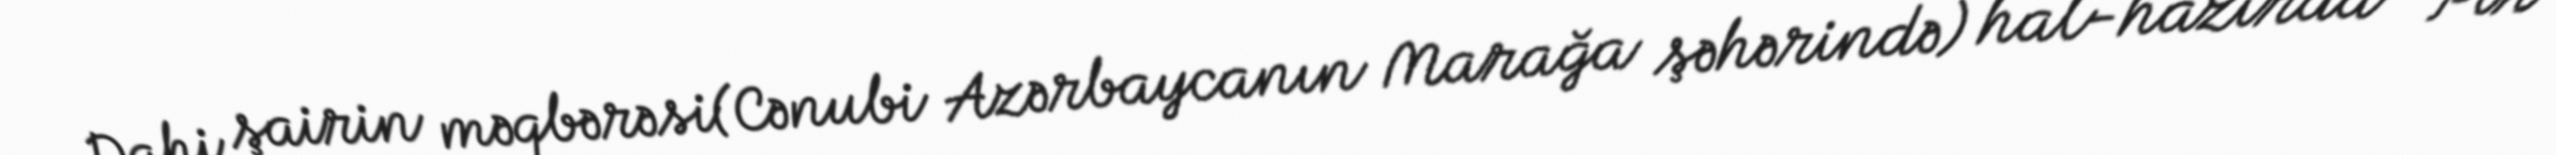
Dahi şairin məqbərəsi(Cənubi Azərbaycanın Marağa şəhərində) hal-hazırda "Pir